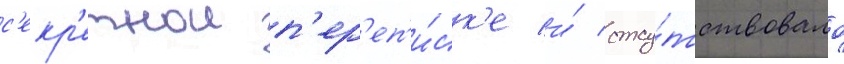
с'екр'етнои п'ер'еп'и́ск'е и́ отсу́тствовало